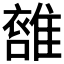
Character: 𩀖